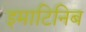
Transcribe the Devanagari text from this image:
इमाटिनिब